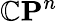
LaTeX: \mathbb{C}\mathbf{P}^{n}